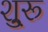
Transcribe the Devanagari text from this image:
शु्रू